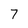
Character: 7